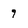
Character: 9